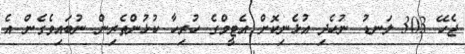
ޖެހޭ 303 ލަނޑު ނުހެދި އުޅެނިކޮށް އެޓީމްގެ ހުރިހާ ކުޅުންތެރިން ނުބައިވެގެން އެ